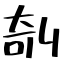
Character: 剞